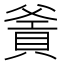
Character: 𤕙